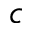
c